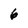
Character: 6